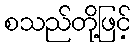
စသည်တို့ဖြင့်